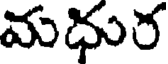
మధుర